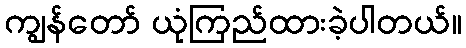
ကျွန်တော် ယုံကြည်ထားခဲ့ပါတယ်။